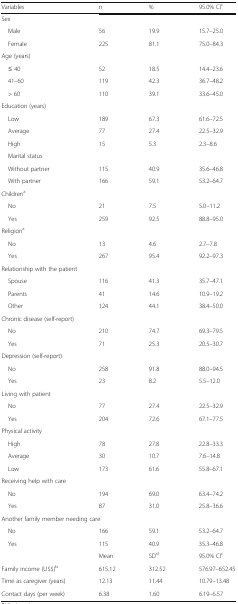
<table><thead><tr><td><b>Variables</b></td><td><b>n</b></td><td><b>%</b></td><td><b>95.0% CI<sup>c</sup></b></td></tr></thead><tbody><tr><td colspan="4">Sex</td></tr><tr><td> Male</td><td>56</td><td>19.9</td><td>15.7–25.0</td></tr><tr><td> Female</td><td>225</td><td>81.1</td><td>75.0–84.3</td></tr><tr><td colspan="4">Age (years)</td></tr><tr><td> ≤ 40</td><td>52</td><td>18.5</td><td>14.4–23.6</td></tr><tr><td> 41–60</td><td>119</td><td>42.3</td><td>36.7–48.2</td></tr><tr><td> &gt; 60</td><td>110</td><td>39.1</td><td>33.6–45.0</td></tr><tr><td colspan="4">Education (years)</td></tr><tr><td> Low</td><td>189</td><td>67.3</td><td>61.6–72.5</td></tr><tr><td> Average</td><td>77</td><td>27.4</td><td>22.5–32.9</td></tr><tr><td> High</td><td>15</td><td>5.3</td><td>2.3–8.6</td></tr><tr><td> Marital status</td><td></td><td></td><td></td></tr><tr><td> Without partner</td><td>115</td><td>40.9</td><td>35.6–46.8</td></tr><tr><td> With partner</td><td>166</td><td>59.1</td><td>53.2–64.7</td></tr><tr><td colspan="4">Children<sup>a</sup></td></tr><tr><td> No</td><td>21</td><td>7.5</td><td>5.0–11.2</td></tr><tr><td> Yes</td><td>259</td><td>92.5</td><td>88.8–95.0</td></tr><tr><td colspan="4">Religion<sup>a</sup></td></tr><tr><td> No</td><td>13</td><td>4.6</td><td>2.7–7.8</td></tr><tr><td> Yes</td><td>267</td><td>95.4</td><td>92.2–97.3</td></tr><tr><td colspan="4">Relationship with the patient</td></tr><tr><td> Spouse</td><td>116</td><td>41.3</td><td>35.7–47.1</td></tr><tr><td> Parents</td><td>41</td><td>14.6</td><td>10.9–19.2</td></tr><tr><td> Other</td><td>124</td><td>44.1</td><td>38.4–50.0</td></tr><tr><td colspan="4">Chronic disease (self-report)</td></tr><tr><td> No</td><td>210</td><td>74.7</td><td>69.3–79.5</td></tr><tr><td> Yes</td><td>71</td><td>25.3</td><td>20.5–30.7</td></tr><tr><td colspan="4">Depression (self-report)</td></tr><tr><td> No</td><td>258</td><td>91.8</td><td>88.0–94.5</td></tr><tr><td> Yes</td><td>23</td><td>8.2</td><td>5.5–12.0</td></tr><tr><td colspan="4">Living with patient</td></tr><tr><td> No</td><td>77</td><td>27.4</td><td>22.5–32.9</td></tr><tr><td> Yes</td><td>204</td><td>72.6</td><td>67.1–77.5</td></tr><tr><td colspan="4">Physical activity</td></tr><tr><td> High</td><td>78</td><td>27.8</td><td>22.8–33.3</td></tr><tr><td> Average</td><td>30</td><td>10.7</td><td>7.6–14.8</td></tr><tr><td> Low</td><td>173</td><td>61.6</td><td>55.8–67.1</td></tr><tr><td colspan="4">Receiving help with care</td></tr><tr><td> No</td><td>194</td><td>69.0</td><td>63.4–74.2</td></tr><tr><td> Yes</td><td>87</td><td>31.0</td><td>25.8–36.6</td></tr><tr><td colspan="4">Another family member needing care</td></tr><tr><td> No</td><td>166</td><td>59.1</td><td>53.2–64.7</td></tr><tr><td> Yes</td><td>115</td><td>40.9</td><td>35.3–46.8</td></tr><tr><td></td><td>Mean</td><td>SD<sup>d</sup></td><td>95.0% CI<sup>c</sup></td></tr><tr><td>Family income (U$$)<sup>b</sup></td><td>615.12</td><td>312.52</td><td>576.97–652.45</td></tr><tr><td>Time as caregiver (years)</td><td>12.13</td><td>11.44</td><td>10.79–13.48</td></tr><tr><td>Contact days (per week)</td><td>6.38</td><td>1.60</td><td>6.19–6.57</td></tr></tbody></table>